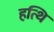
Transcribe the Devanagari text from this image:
हत्थि